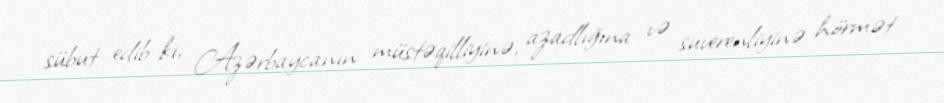
sübut edib ki, Azərbaycanın müstəqilliyinə, azadlığına və suverenliyinə hörmət